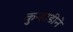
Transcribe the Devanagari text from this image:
कुऱ्हाडीने